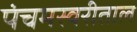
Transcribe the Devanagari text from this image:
पंचमस्वरीताल